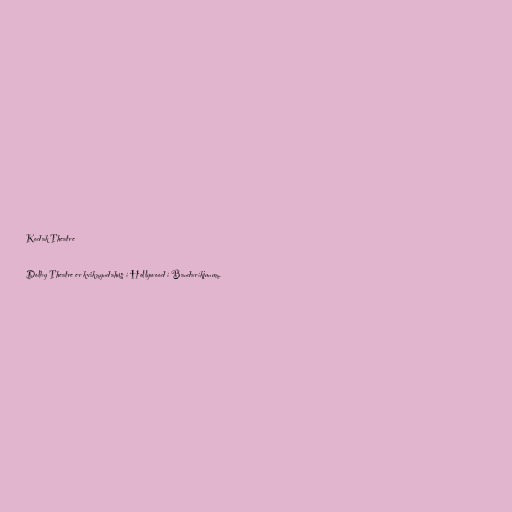
Kodak Theatre

Dolby Theatre er kvikmyndahús í Hollywood í Bandaríkjunum.